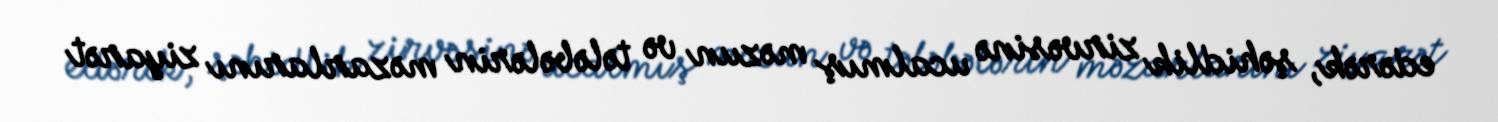
edərək, şəhidlik zirvəsinə ucalmış məzun və tələbələrin məzarlarını ziyarət